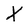
Character: X